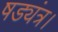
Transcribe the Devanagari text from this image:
षड्यंत्र।